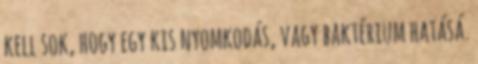
kell sok, hogy egy kis nyomkodás, vagy baktérium hatásá.